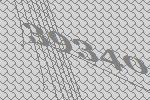
39340